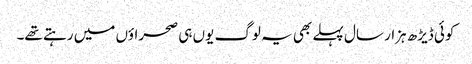
کوئی ڈیڑھ ہزار سال پہلے بھی یہ لوگ یوں ہی صحراؤں میں رہتے تھے۔